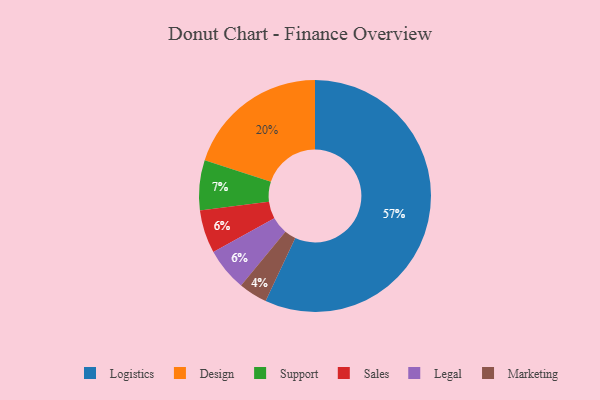
{"axis": {"x": "Category", "y": "Percentage"}, "legend": ["Design", "Legal", "Logistics", "Marketing", "Sales", "Support"], "data": [{"x": "Marketing", "y": 4, "type": "Marketing"}, {"x": "Support", "y": 7, "type": "Support"}, {"x": "Logistics", "y": 57, "type": "Logistics"}, {"x": "Sales", "y": 6, "type": "Sales"}, {"x": "Design", "y": 20, "type": "Design"}, {"x": "Legal", "y": 6, "type": "Legal"}]}